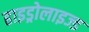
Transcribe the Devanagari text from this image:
हाइड्रोलाइज्ड